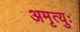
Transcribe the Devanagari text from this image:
अमृत्युः